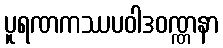
ပူရဏကဿပဝါဒဝဏ္ဏနာ